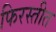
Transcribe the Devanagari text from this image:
फिरस्तीत